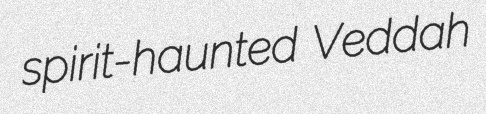
spirit-haunted Veddah